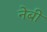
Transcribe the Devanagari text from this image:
नेबी